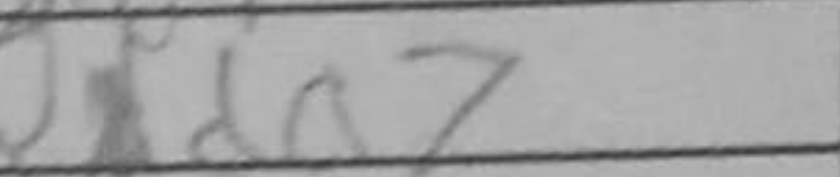
Transcription: Rda7